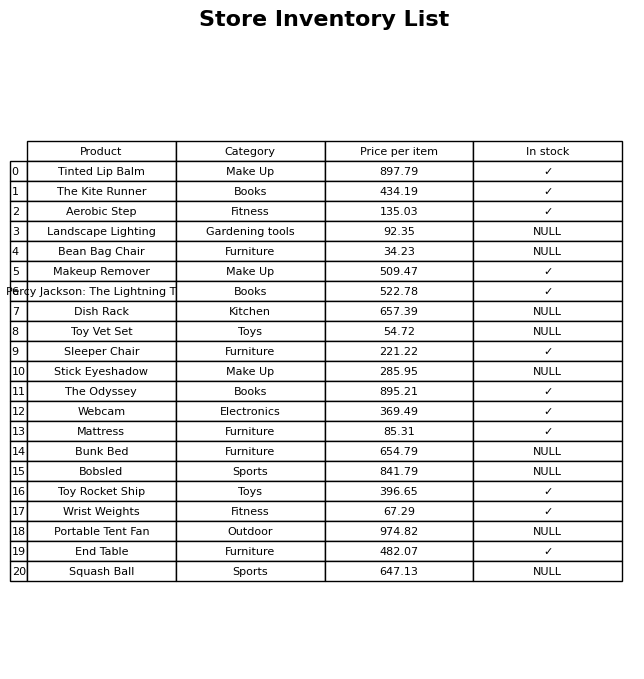
question: What is the price of the Mattress?
answer: The price of Mattress is 85.31.